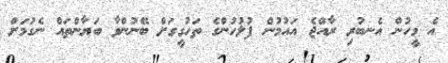
އެ މީހުން އެނބުރި ރާއްޖެ އައުމުން ފުލުހުންގެ ތަހުގީގަށް ބޭނުންވާ ބަޔާންތައް ނެގުމަށް